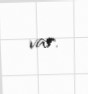
var.